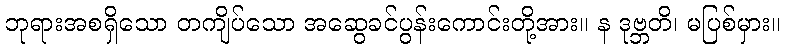
ဘုရားအစရှိသော တကျိပ်သော အဆွေခင်ပွန်းကောင်းတို့အား။ န ဒုဗ္ဘတိ၊ မပြစ်မှား။